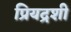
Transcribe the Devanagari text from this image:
प्रियद्रशी